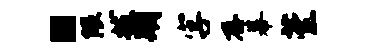
“隈拔期字存幕萱